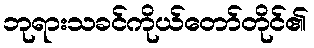
ဘုရားသခင်ကိုယ်တော်တိုင်၏